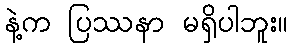
နဲ့က ပြဿနာ မရှိပါဘူး။